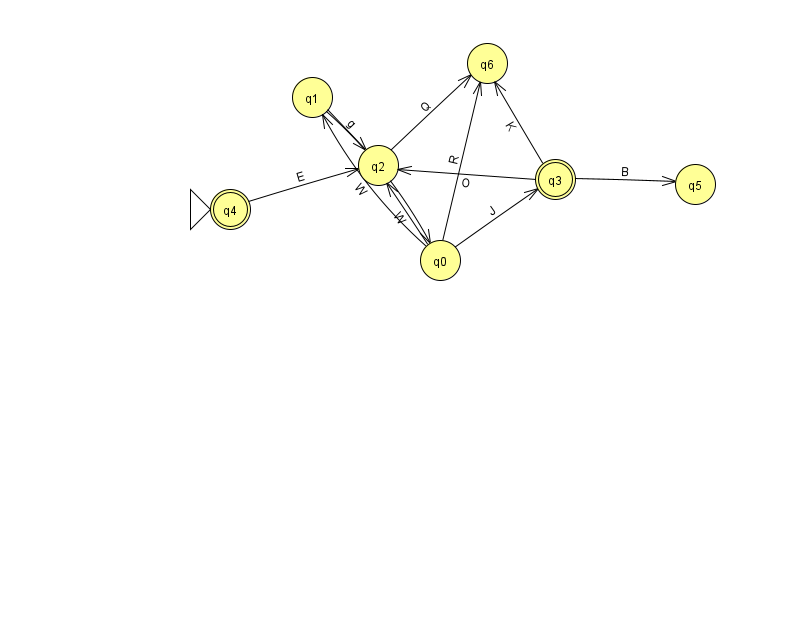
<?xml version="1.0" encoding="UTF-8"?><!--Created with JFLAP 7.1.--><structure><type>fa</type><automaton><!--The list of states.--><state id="0" name="q0"><x>440.0</x><y>247.0</y></state><state id="1" name="q1"><x>312.0</x><y>84.0</y></state><state id="2" name="q2"><x>378.0</x><y>152.0</y></state><state id="3" name="q3"><x>555.0</x><y>166.0</y><final/></state><state id="4" name="q4"><x>230.0</x><y>196.0</y><initial/><final/></state><state id="5" name="q5"><x>695.0</x><y>171.0</y></state><state id="6" name="q6"><x>487.0</x><y>50.0</y></state><!--The list of transitions.--><transition><from>4</from><to>2</to><read>E</read></transition><transition><from>0</from><to>2</to><read>W</read></transition><transition><from>3</from><to>5</to><read>B</read></transition><transition><from>3</from><to>6</to><read>K</read></transition><transition><from>1</from><to>2</to><read>g</read></transition><transition><from>0</from><to>3</to><read>J</read></transition><transition><from>0</from><to>6</to><read>R</read></transition><transition><from>3</from><to>2</to><read>O</read></transition><transition><from>0</from><to>1</to><read>W</read></transition><transition><from>1</from><to>0</to><read>W</read></transition><transition><from>2</from><to>6</to><read>Q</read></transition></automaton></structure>